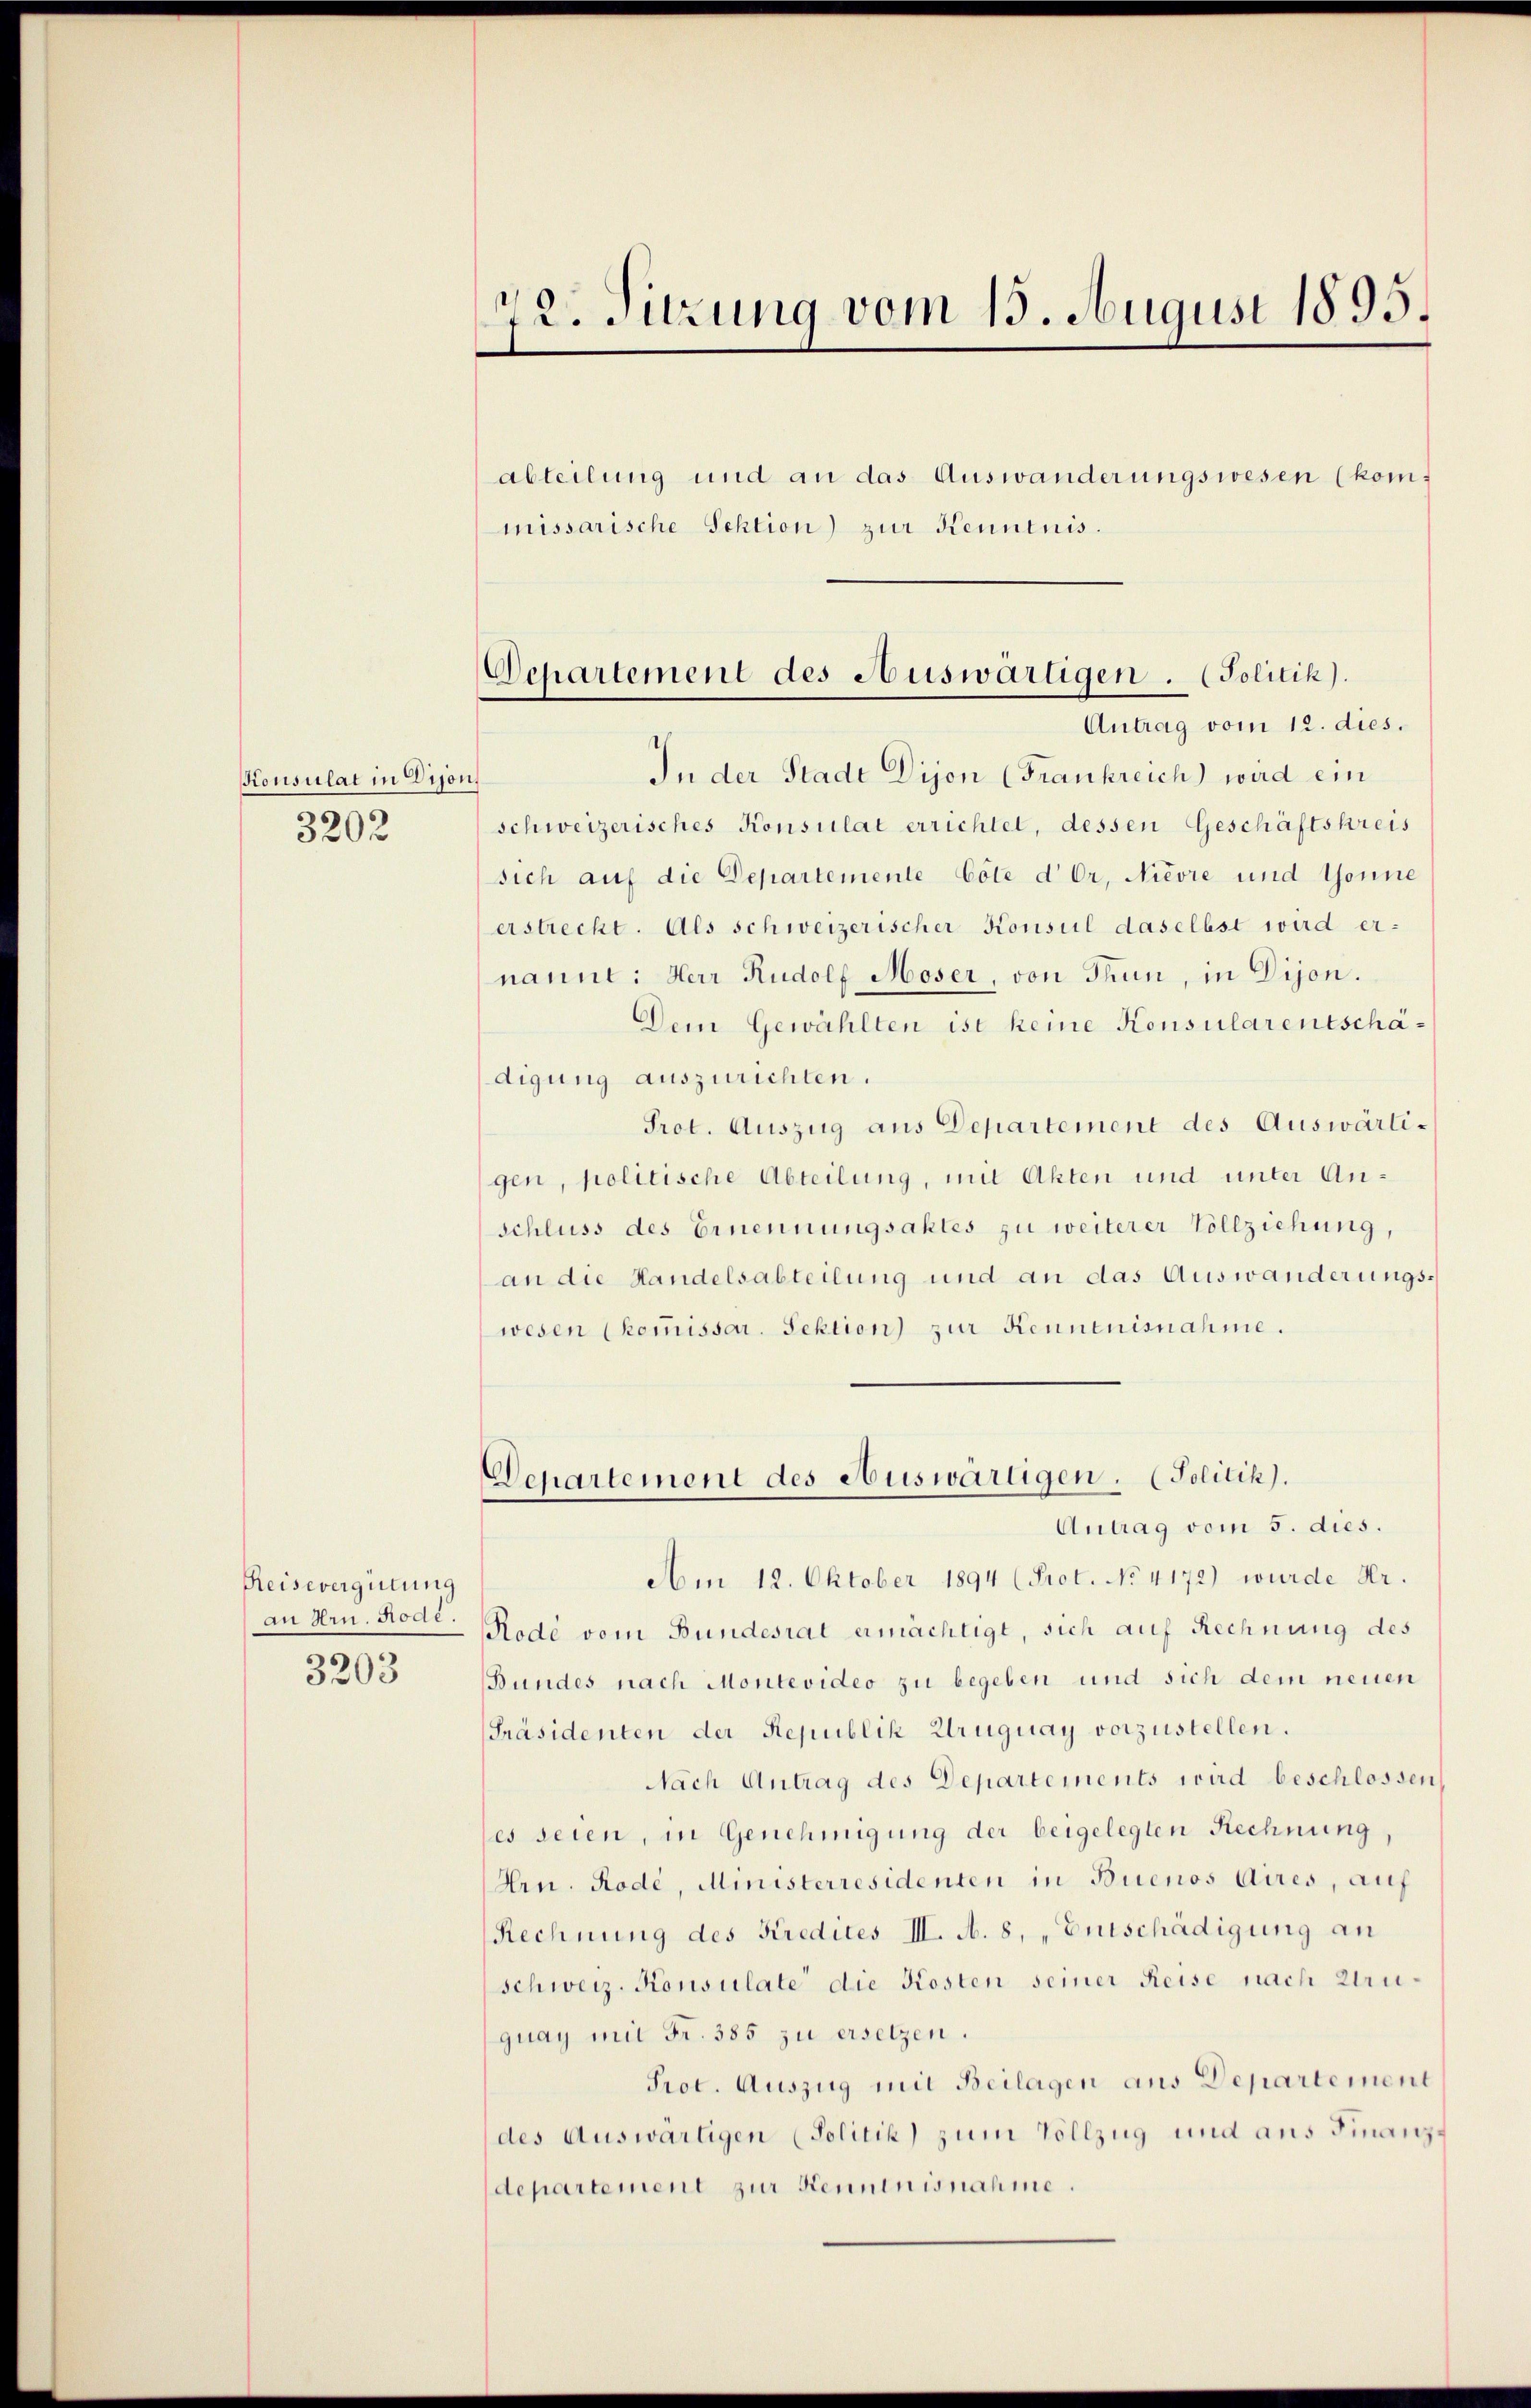
Konsulat in Dijor
3202

Reisevergütung
an Hrn. Rode.
3203

In der Stade Dijon (Frankreich wird ein
t
schweizerisches Konsulat errichtet, dessen Geschäftskreis
sich auf die Departemente Cote der, Nievre und Gönne
erstrecht. Als schweizerischer Konsul daselbst wird ernannt: Herr Rudolf Moser, von Thun, in Dijon.
Dem Gewählten ist keine Konsularentschädigung auszurichten.
Prot. Auszug aus Departement des Auswärtigen, politische Abteilung, mit Akten und unter Anschluss des Ernennungsaktes zu weiterer Vollziehung,
an die Handelsabteilung und an das Auswanderungs-
wesen (kommissar. Sektion) zur Kenntnisnahme.
Departement des Auswärtigen. (Politik).
Antrag vom 5. dies.
Am 12. Oktober 1894 (Prot. No 4172) wurde Hr.
Rode vom Bundesrat ermächtigt, sich auf Rechnung des
Bundes nach Montevideo zu begeben und sich dem neuen
[Präsidenten der Republik Uruguay vorzustellen.
Nach Antrag des Departements wird beschlossen
les seien, in Genehmigung der beigelegten Rechnung,
Hrn. Rode, Ministerresidenten in Buenos Aires, auf
Rechnung des Kredites III. A. 8, „Entschädigung an
schweiz. Konsulate die Kosten seiner Reise nach Uruiquay mit Fr. 385 zu ersetzen.
Prot. Auszug mit Beilagen aus Departement
des Auswärtigen (Politik zum Vollzug und aus Finanz-
departement zur Kenntnisnahme.

72. Sitzung vom 15. August 1895.
abteilung und an das Auswanderungswesen (kommissarische Sektion) zur Kenntnis.

Ochartement des Auswärtigen . (Politik).
Antrag vom 12. dies.